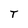
Character: T